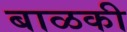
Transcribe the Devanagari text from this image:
बाळकी